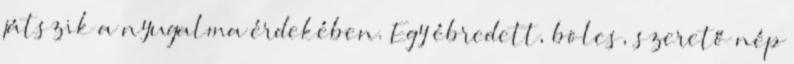
játszik a nyugalma érdekében. Egy ébredett, bölcs, szerető nép